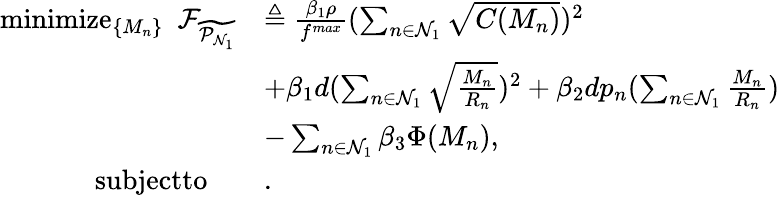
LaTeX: \begin{array}{rl}{\mathop{\textrm{minimize}}_{\left\{ {M_{n}}\right\} }\ \ \mathcal{F}_{{\widetilde{\mathcal{P}_{\mathcal{N}_{1}}}}}}&{\triangleq\frac{\beta_{1}\rho}{f^{max}}{(\sum_{n\in\mathcal{N}_{1}}\sqrt{C(M_{n})})^{2}}}\\ &{+{\beta_{1}d(\sum_{n\in\mathcal{N}_{1}}\sqrt{\frac{M_{n}}{R_{n}}})^{2}}+\beta_{2}dp_{n}(\sum_{n\in\mathcal{N}_{1}}\frac{M_{n}}{R_{n}})}\\ &{-\sum_{n\in\mathcal{N}_{1}}\beta_{3}\Phi(M_{n}),}\\ {\textrm{subjectto}\ \ \ \ }&{.}\end{array}